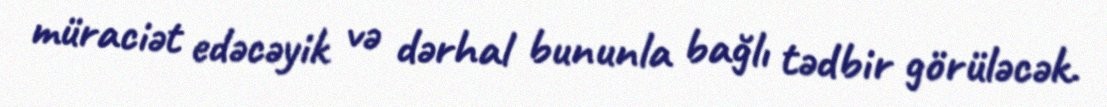
müraciət edəcəyik və dərhal bununla bağlı tədbir görüləcək.